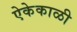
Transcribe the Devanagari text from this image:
ऐकेकाळी